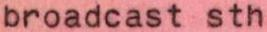
broadcast sth